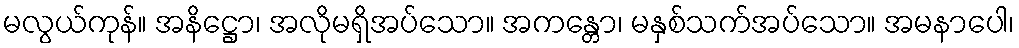
မလွယ်ကုန်။ အနိဋ္ဌော၊ အလိုမရှိအပ်သော။ အကန္တော၊ မနှစ်သက်အပ်သော။ အမနာပေါ၊